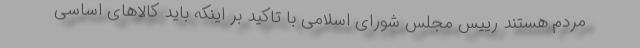
مردم هستند رییس مجلس شورای اسلامی با تاکید بر اینکه باید کالاهای اساسی